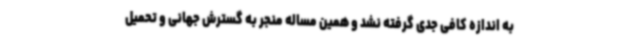
به اندازه کافی جدی گرفته نشد و همین مساله منجر به گسترش جهانی و تحمیل